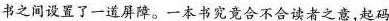
书之间设置了一道屏障。一本书究竟合不合读者之意，起码